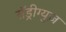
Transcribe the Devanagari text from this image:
राॅड्रीग्युज़